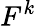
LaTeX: F^{k}